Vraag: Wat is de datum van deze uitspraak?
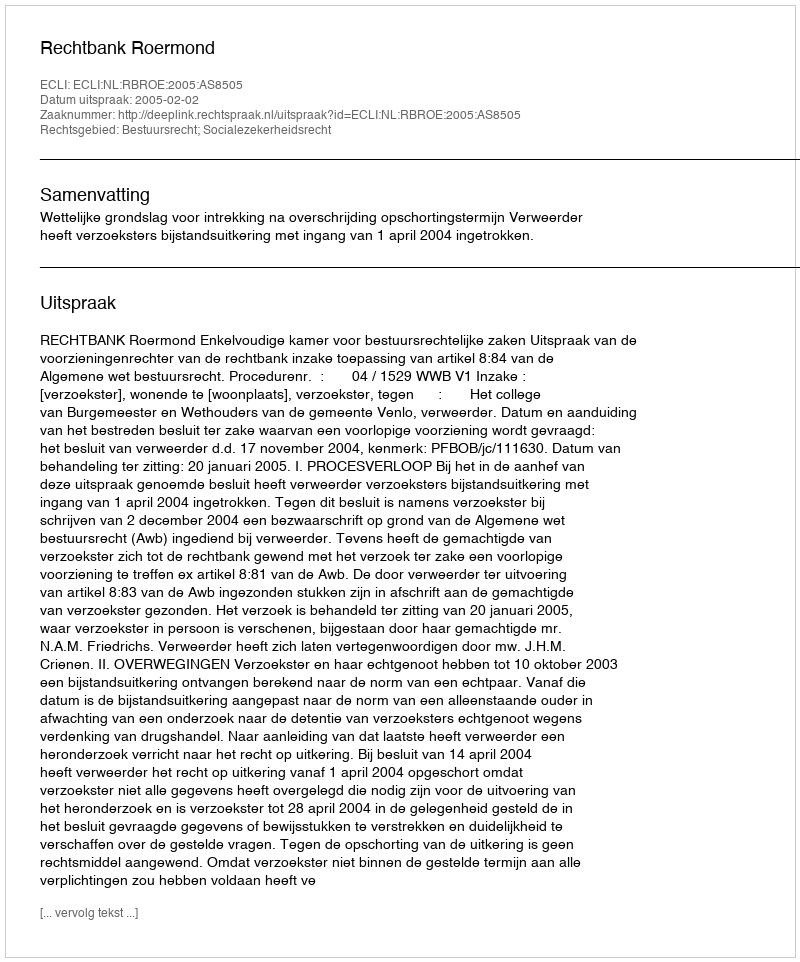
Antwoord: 2005-02-02